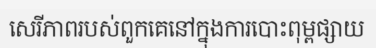
សេរីភាពរបស់ពួកគេនៅក្នុងការបោះពុម្ពផ្សាយ